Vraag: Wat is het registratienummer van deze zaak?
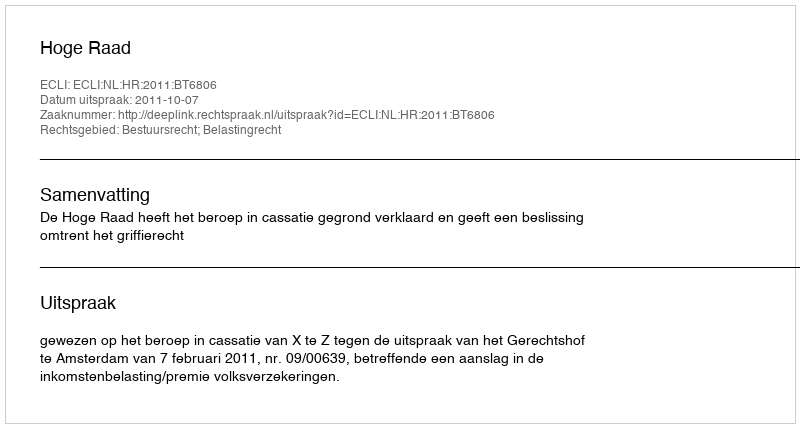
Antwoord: http://deeplink.rechtspraak.nl/uitspraak?id=ECLI:NL:HR:2011:BT6806